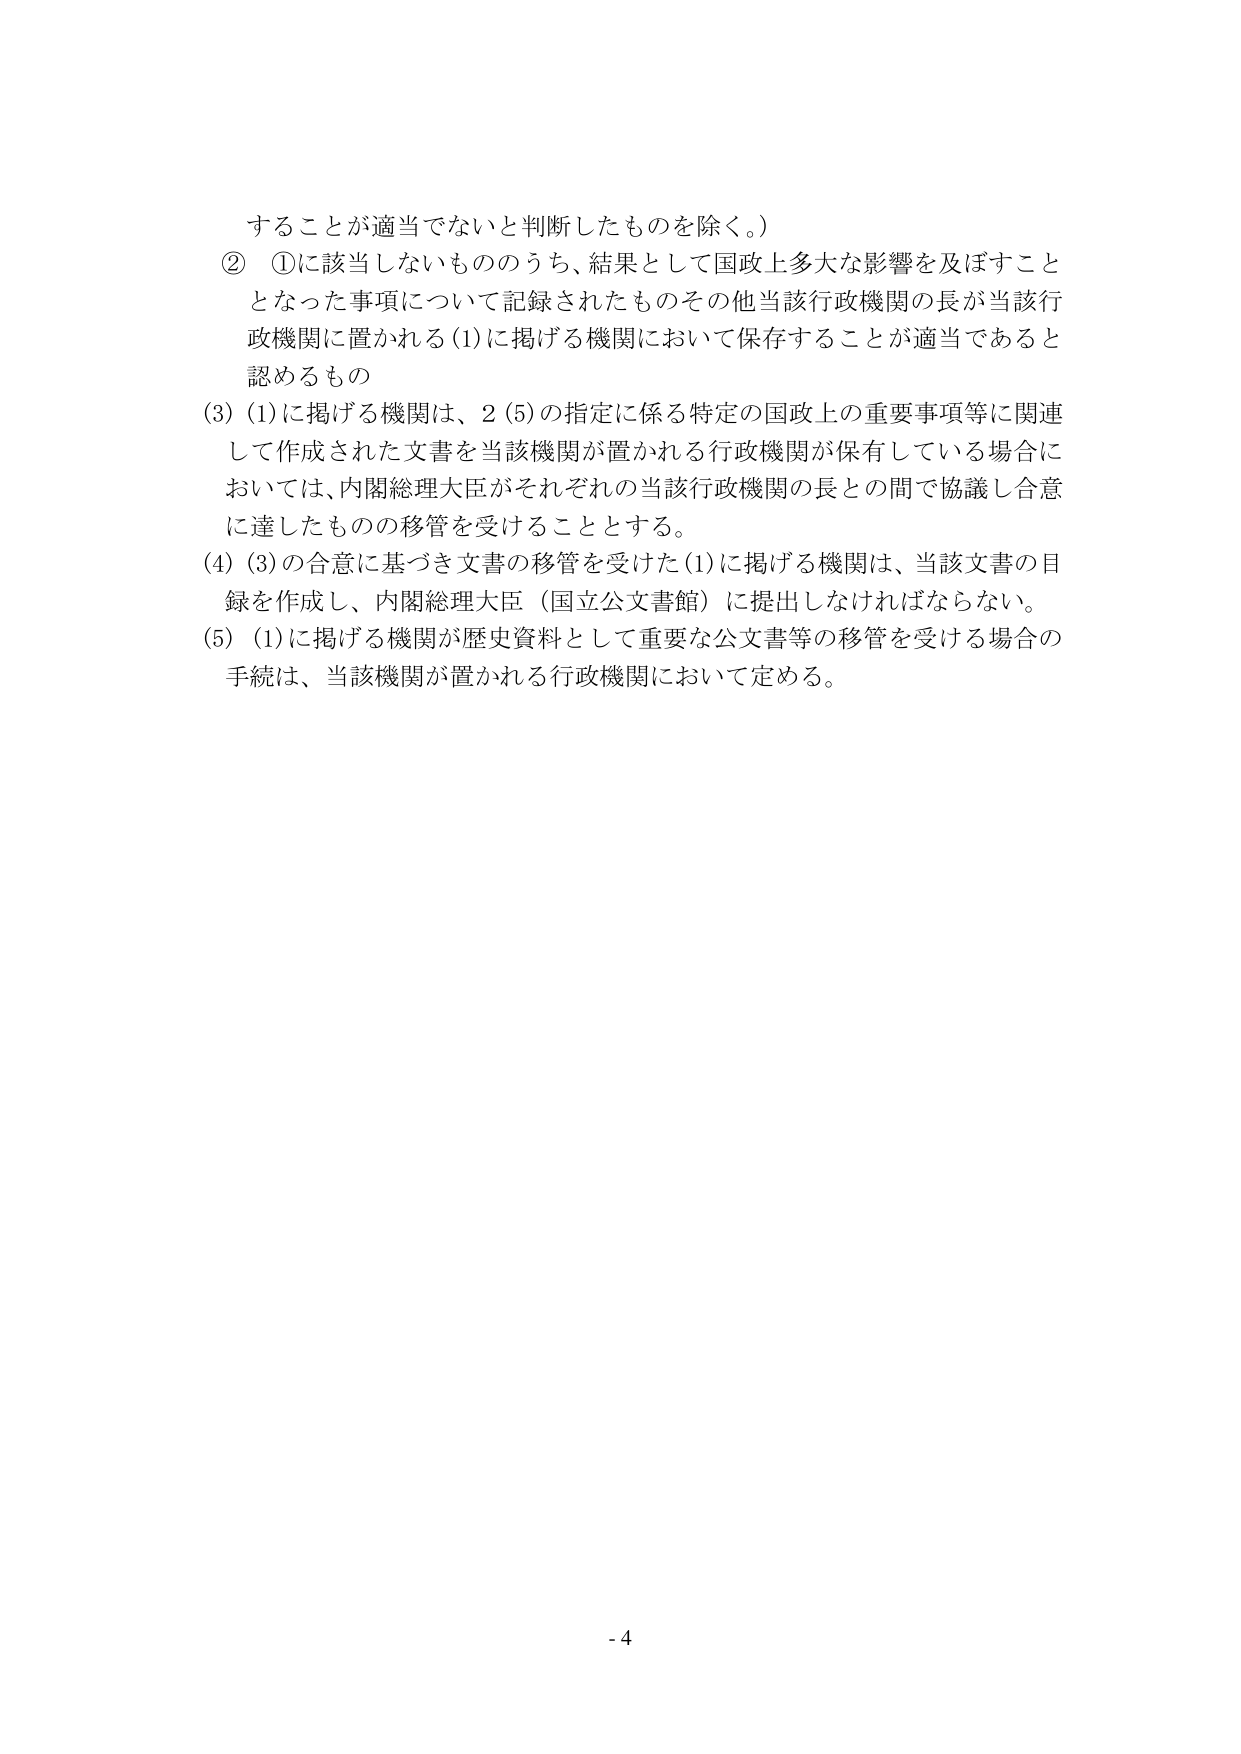
することが適当でないと判断したものを除く。）
② ①に該当しないもののうち、結果として国政上多大な影響を及ぼすこと
となった事項について記録されたものその他当該行政機関の長が当該行
政機関に置かれる(1)に掲げる機関において保存することが適当であると
認めるもの
(3) (1)に掲げる機関は、2 (5)の指定に係る特定の国政上の重要事項等に関連
して作成された文書を当該機関が置かれる行政機関が保有している場合に
おいては、内閣総理大臣がそれぞれの当該行政機関の長との間で協議し合意
に達したものの移管を受けることとする。
(4) (3)の合意に基づき文書の移管を受けた(1)に掲げる機関は、当該文書の目
録を作成し、内閣総理大臣（国立公文書館）に提出しなければならない。
(5) (1)に掲げる機関が歴史資料として重要な公文書等の移管を受ける場合の
手続は、当該機関が置かれる行政機関において定める。
- 4